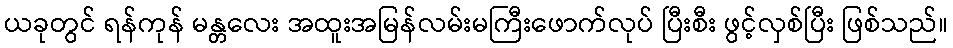
ယခုတွင် ရန်ကုန် မန္တလေး အထူးအမြန်လမ်းမကြီးဖောက်လုပ် ပြီးစီး ဖွင့်လှစ်ပြီး ဖြစ်သည်။